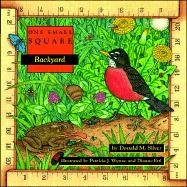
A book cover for Backyard; Donald Silver; Children's Books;